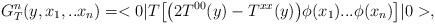
LaTeX: \begin{align*}G^{n}_{T}(y,x_1,..x_n)=<0|T\bigl[\bigl(2 T^{00}(y)-T^{xx}(y)\bigr)\phi(x_1)...\phi(x_n)\bigr]|0>,\end{align*}